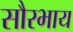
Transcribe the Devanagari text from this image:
सौरभाय